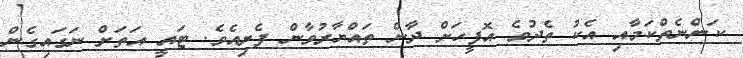
ކަންނެތްކަމާއި އެކު ތެދުވެ އޮފީހަށް ދާން ތައްޔާރުވާން ފެށިއެވެ. ޓައީ އަތަށް ނަގައިގެން